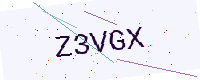
Text: Z3VGX